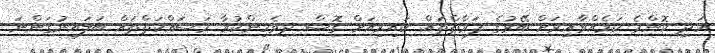
އަދި ކޮންމެ ކަމެއްވާއިރަށް ބޭރުގެ ފަރާތްތައް ކައިރިއަށް ގޮސް ދިވެހިންކުރާ މަސަައްކަތްތައް ބަލައިނުގަންނަ